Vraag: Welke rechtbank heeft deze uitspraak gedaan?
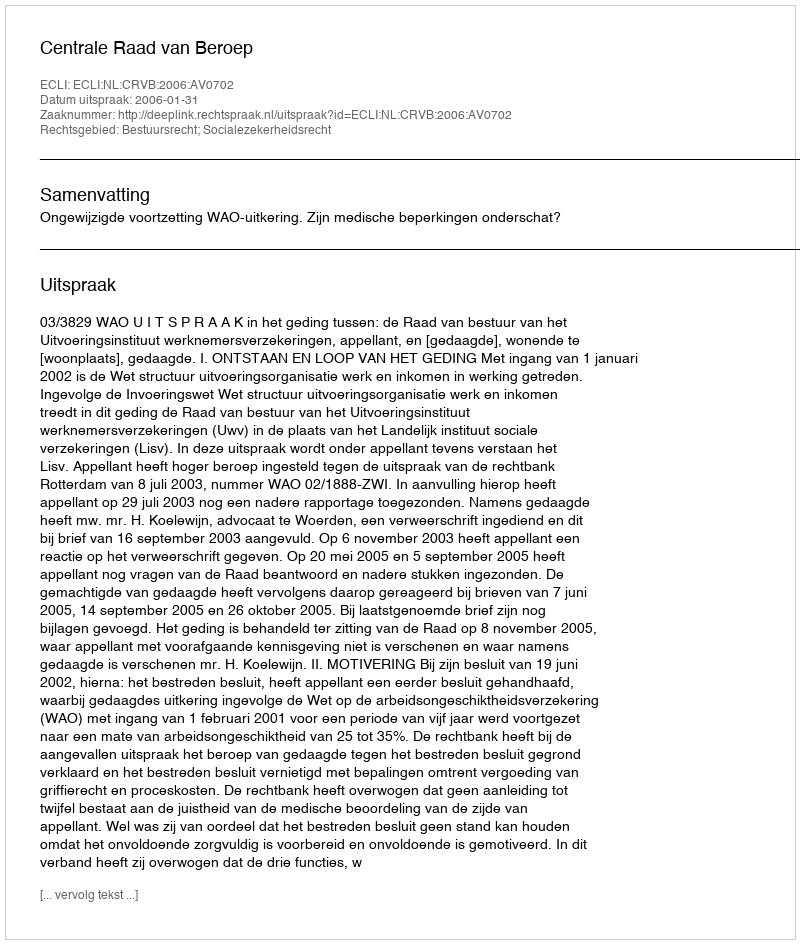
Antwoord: Centrale Raad van Beroep